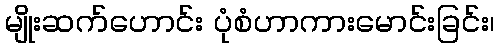
မျိုးဆက်ဟောင်း ပုံစံဟာကားမောင်းခြင်း၊